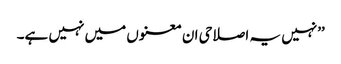
’’نہیں یہ اصلاحی ان معنوں میں نہیں ہے۔